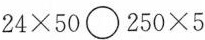
24×50〇250×5